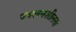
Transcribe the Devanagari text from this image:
ज्‍वलनशीलता